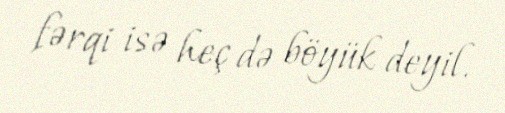
fərqi isə heç də böyük deyil.